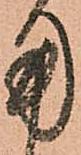
用